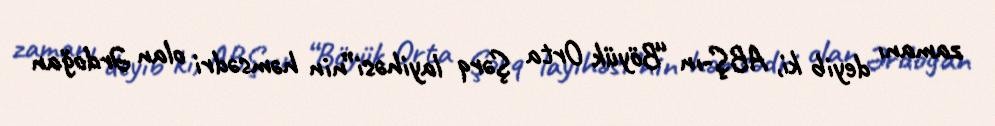
zamanı deyib ki, ABŞ-ın “Böyük Orta Şərq layihəsi”nin həmsədri olan Ərdoğan